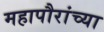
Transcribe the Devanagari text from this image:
महापौरांच्या